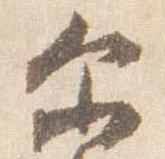
示